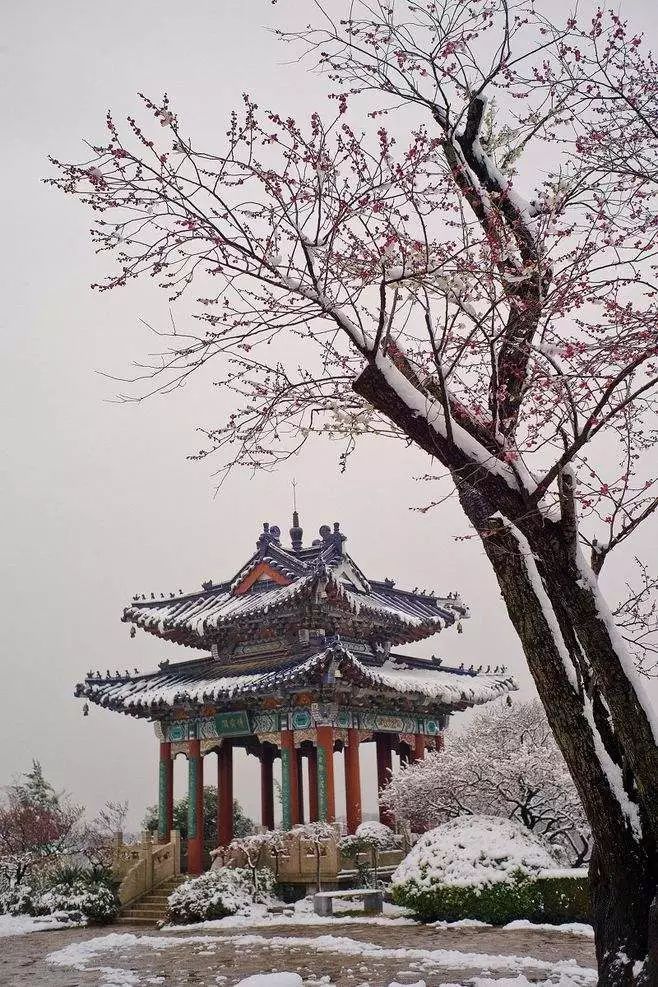
明敕星驰封宝剑，辞君一夜取楼兰。